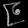
Digit: ၉